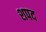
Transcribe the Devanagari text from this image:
शपद